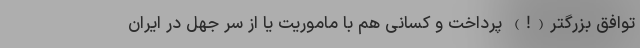
توافق بزرگتر(!) پرداخت و کسانی هم با ماموریت یا از سر جهل در ایران